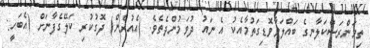
ތިމަންރަސްކަލާނގެ ބައްލަވާވޮޑިގަތުމާއެކު އެ ނައު ދުވަމުންދެތެވެ. (އެއުރެން) ދޮގުކުރި ކަލޭގެފާނަށް (އެބަހީ: